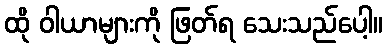
ထို ဝါယာများကို ဖြတ်ရ သေးသည်ပေါ့။